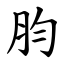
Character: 䏛